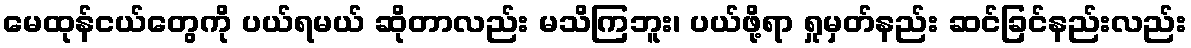
မေထုန်ငယ်တွေကို ပယ်ရမယ် ဆိုတာလည်း မသိကြဘူး၊ ပယ်ဖို့ရာ ရှုမှတ်နည်း ဆင်ခြင်နည်းလည်း